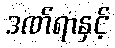
ဒဏ်ရာနှင့်